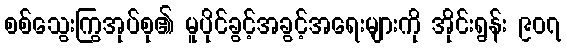
စစ်သွေးကြွအုပ်စု၏ မူပိုင်ခွင့်အခွင့်အရေးများကို အိုင်းရွန်း ၉၀၇